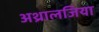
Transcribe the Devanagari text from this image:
अथ्रालजिया